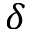
\delta